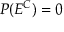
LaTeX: P ( E ^ { C } ) = 0